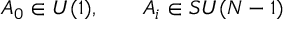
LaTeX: A _ { 0 } \in U ( 1 ) , \qquad A _ { i } \in S U ( N - 1 )